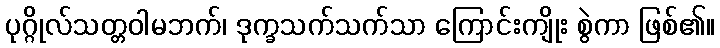
ပုဂ္ဂိုလ်သတ္တဝါမဘက်၊ ဒုက္ခသက်သက်သာ ကြောင်းကျိုး စွဲကာ ဖြစ်၏။